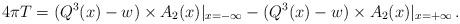
LaTeX: \begin{align*}4 \pi T = (Q^3(x) -w) \times A_2 (x) |_{x=-\infty}- (Q^3(x) -w) \times A_2 (x) |_{x=+\infty}\,.\end{align*}